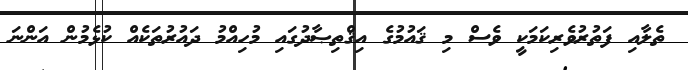
ތެލާއި ފަތުރުވެރިކަމަކީ ވެސް މި ޤައުމުގެ އިޤްތިޞާދުގައި މުހިއްމު ދައުރުތަކެއް ކުޅެމުން އަންނަ